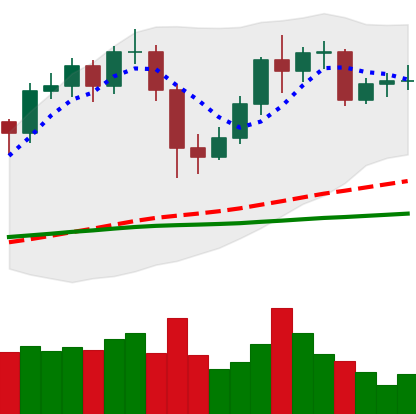
Ticker: LTC-USD
Chart end date: 2020-12-07
Forward return: -8.272%
Label: down_7plus